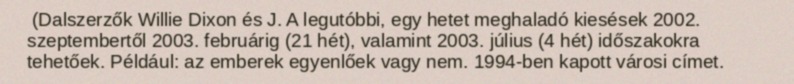
(Dalszerzők Willie Dixon és J. A legutóbbi, egy hetet meghaladó kiesések 2002. szeptembertől 2003. februárig (21 hét), valamint 2003. július (4 hét) időszakokra tehetőek. Például: az emberek egyenlőek vagy nem. 1994-ben kapott városi címet.